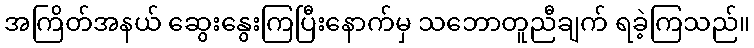
အကြိတ်အနယ် ဆွေးနွေးကြပြီးနောက်မှ သဘောတူညီချက် ရခဲ့ကြသည်။